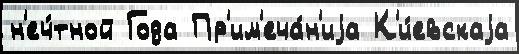
н'еч́тной Года Пр'им'еча́н'иjа К'и́евскаjа